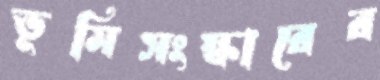
ভূমিসংস্কারের